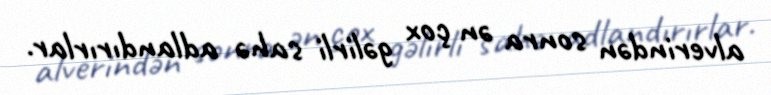
alverindən sonra ən çox gəlirli sahə adlandırırlar.